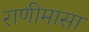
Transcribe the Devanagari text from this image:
राणीमासा